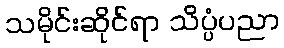
သမိုင်းဆိုင်ရာ သိပ္ပံပညာ